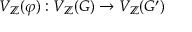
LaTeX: V _ { \mathbb { Z } } ( \varphi ) : V _ { \mathbb { Z } } ( G ) \to V _ { \mathbb { Z } } ( G ^ { \prime } )